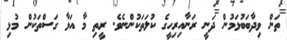
ތަން ވިދާބަބުޅަމުން ދަނީ ރަނާއިރިހީގެ ކުލަތަކުންނެވެ. ރީތި މާ އަޅާ ގަސްތަކުން މުޅި